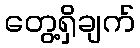
တွေ့ရှိချက်